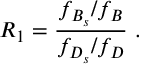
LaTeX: R _ { 1 } = { \frac { f _ { B _ { s } } / f _ { B } } { f _ { D _ { s } } / f _ { D } } } \ .